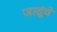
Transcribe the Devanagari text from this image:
जादूंचे